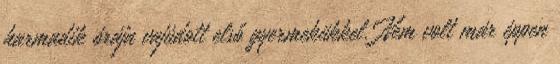
harmadik órája vajúdott első gyermekükkel. Nem volt már éppen